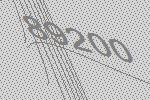
89200